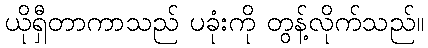
ယိုရှီတာကာသည် ပခုံးကို တွန့်လိုက်သည်။